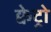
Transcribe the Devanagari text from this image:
क्वेट्रो